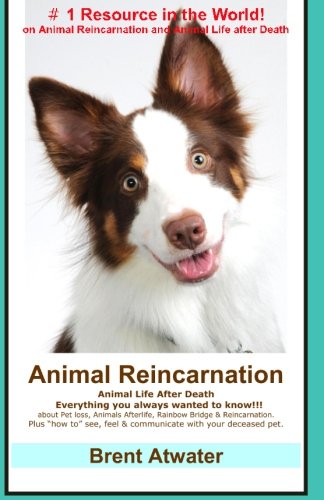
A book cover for Animal Reincarnation: Everything You Always Wanted to Know! about Pet Reincarnation plus "how to" techniques to see, feel & communicate with your deceased pet; Brent Atwater; Crafts, Hobbies & Home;